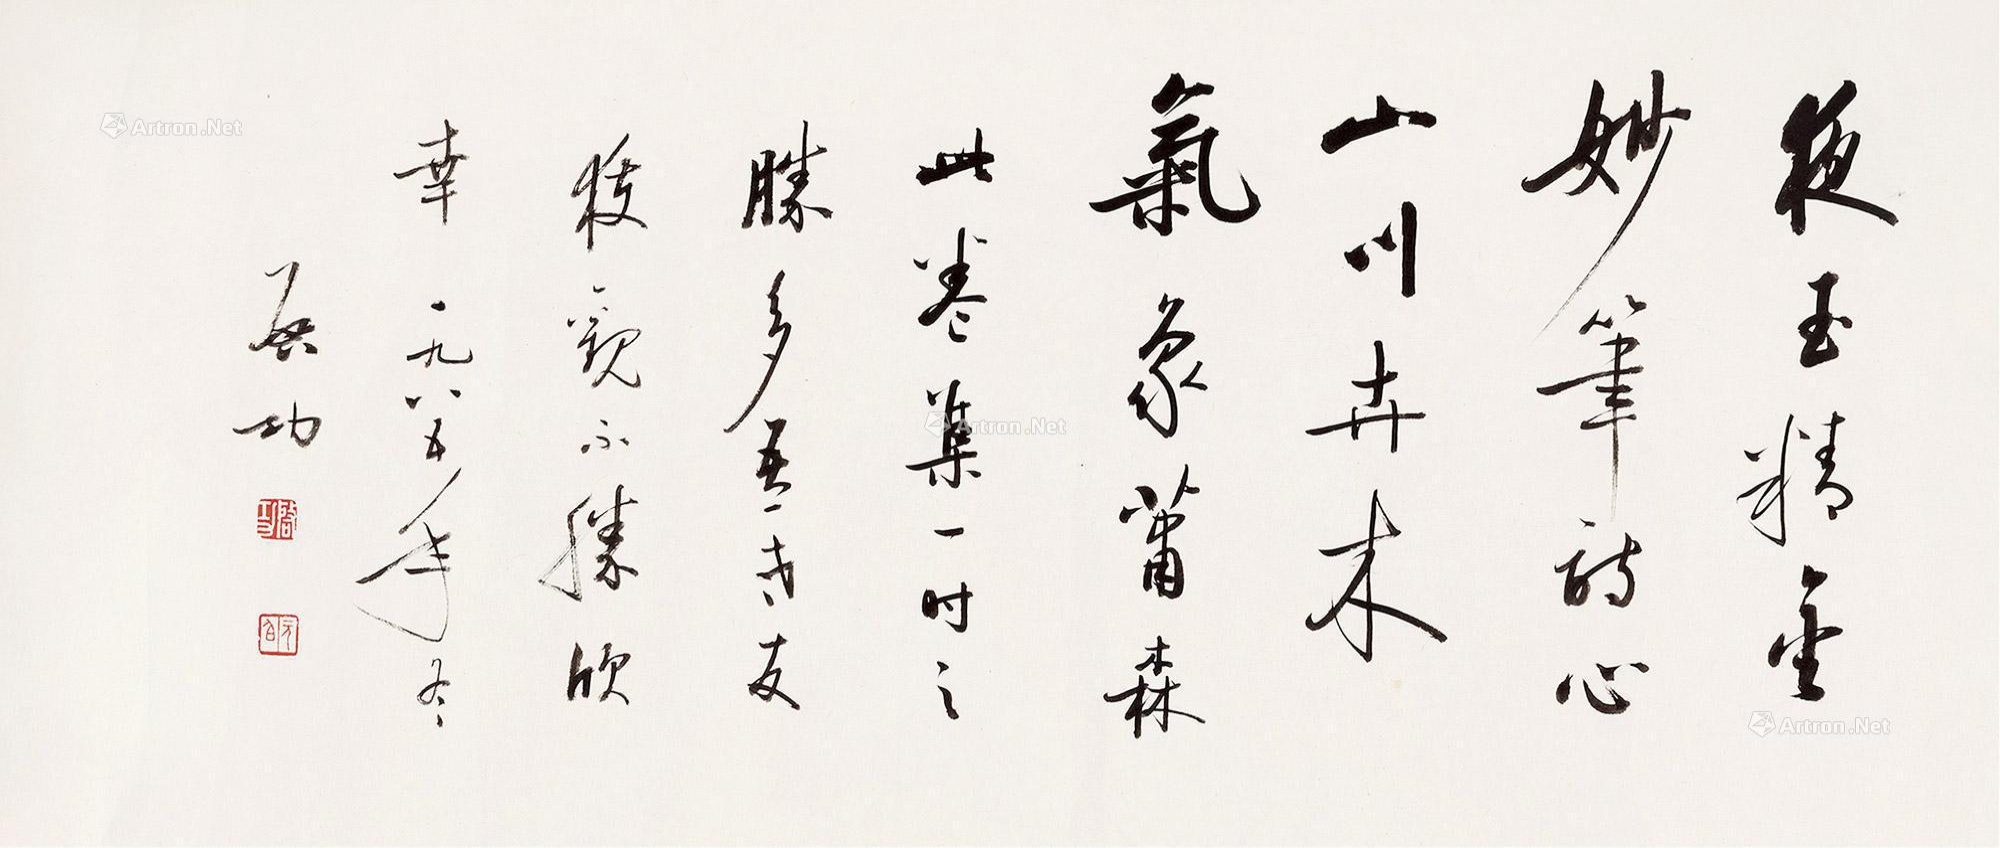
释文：夜玉精金，妙笔诗心。山川卉木，气象萧森。此卷集一时之胜，多吾老友夜观，不胜欣幸，一九八五年冬，启功。